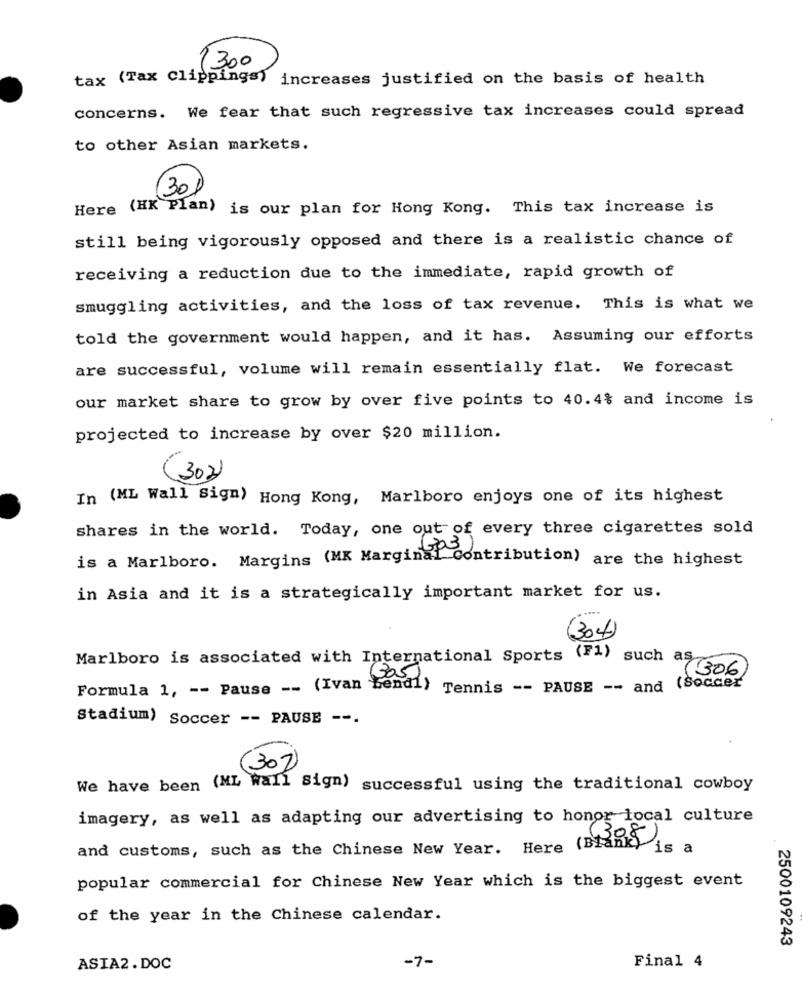
1300
tax (Tax Clippings) increases justified on the basis of health
concerns. We fear that such regressive tax increases could spread
to other Asian markets.
30
Here (HK Plan) is our plan for Hong Kong. This tax increase is
still being vigorously opposed and there is a realistic chance of
receiving a reduction due to the immediate, rapid growth of
smuggling activities, and the loss of tax revenue. This is what we
told the government would happen, and it has. Assuming our efforts
are successful, volume will remain essentially flat. We forecast
our market share to grow by over five points to 40.4% and income is
projected to increase by over $20 million.
(30)
In (ML Wall Sign) Hong Kong, Marlboro enjoys one of its highest
shares in the world. Today, one out of every three cigarettes sold
is a Marlboro. Margins (MK Marginal Contribution) are the highest
in Asia and it is a strategically important market for us.
(304)
Marlboro is associated with International Sports (F1) such as
1306
(505)
Formula 1, -- Pause -- (Ivan Lendl) Tennis -- PAUSE -- and (Soccer
Stadium) Soccer -- PAUSE --.
(30)
We have been (ML wall Sign) successful using the traditional cowboy
imagery, as well as adapting our advertising to honor local culture
(30
8)
and customs, such as the Chinese New Year. Here (Blank) is a
popular commercial for Chinese New Year which is the biggest event
of the year in the Chinese calendar.
2500109243
-7-
Final 4
ASIA2 .DOC